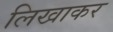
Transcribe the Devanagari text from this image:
लिखाकर